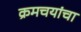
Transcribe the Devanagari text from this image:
क्रमचयांचा